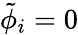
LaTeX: \tilde{\phi}_{i}=0